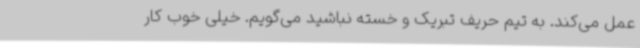
عمل می‌کند. به تیم حریف تبریک و خسته نباشید می‌گویم. خیلی خوب کار